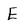
Character: E